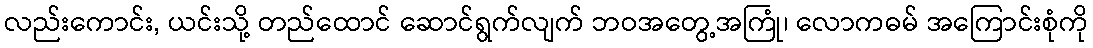
လည်းကောင်း, ယင်းသို့ တည်ထောင် ဆောင်ရွက်လျက် ဘဝအတွေ့အကြုံ၊ လောကဓမ် အကြောင်းစုံကို